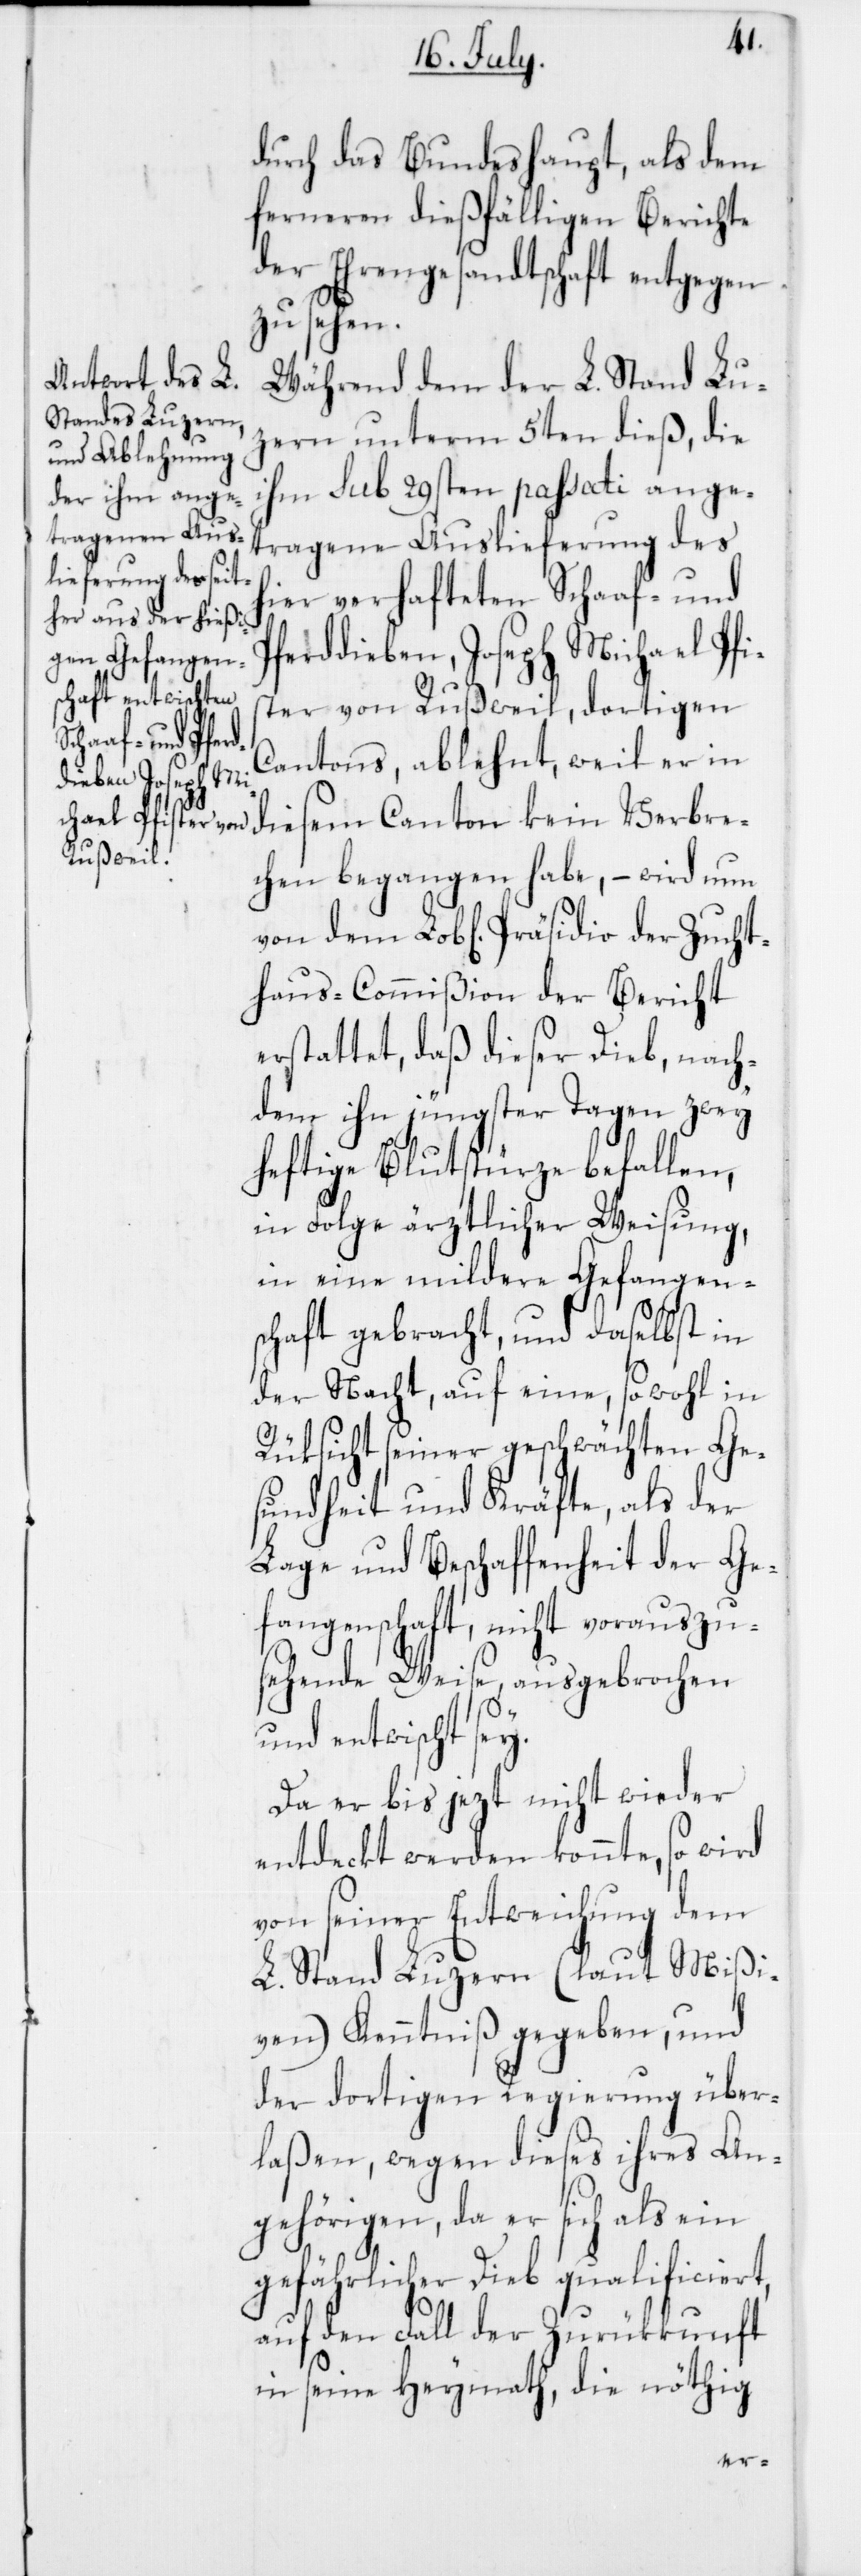
durch das Bundeshaupt, als dem
ferneren dießfälligen Berichte
der Ehrengesandtschaft entgegen
zu sehen.
Während dem der L. Stand Lu¬
zern unterm 5ten dieß, die
ihm sub 29sten passati ange¬
tragene Auslieferung des
hier verhafteten Schaaf- und
ferddieben Joseph Michael Pfis¬
ter von Rußweil, dortigen
Cantons, ablehnt, weil er in
diesem Canton kein Verbre¬
chen begangen habe, – wird nun
haus-Commißion der Bericht
erstattet, daß dieser Dieb, nach¬
dem ihn jüngster Tagen zwey
heftige Blutstürze befallen,
in Folge ärztlicher Weisung,
in eine mildere Gefangen¬
schaft gebracht und daselbst in
der Nacht, auf eine, sowohl in
Rüksicht seiner geschwächten Ges¬
undheit und Kräfte, als der
Lage und Beschaffenheit der Ge¬
fangenschaft, nicht vorauszu¬
sehende Weise, ausgebrochen
Zucht¬
und entwischt sey.
Da er bis jezt nicht wieder
entdeckt werden konnte, so wird
von seiner Entweichung dem
L. Stand Luzern (laut Mißi¬
ven) Kenntniß gegeben, und
der dortigen Regierung über¬
laßen, wegen dieses ihres An¬
gehörigen, da er sich als ein
gefährlicher Dieb qualificiert,
auf den Fall der Zurükkunft
in seine Heymath, die nöthig